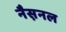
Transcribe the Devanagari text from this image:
नैस़नल